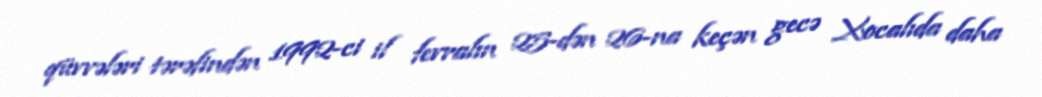
qüvvələri tərəfindən 1992-ci il fevralın 25-dən 26-na keçən gecə Xocalıda daha